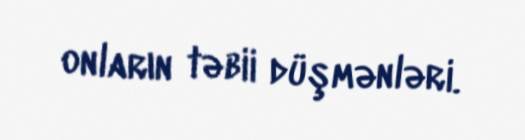
onların təbii düşmənləri.